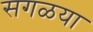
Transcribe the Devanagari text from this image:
सगळया